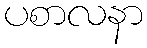
ပစာလနာ